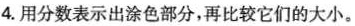
4.用分数表示出涂色部分，再比较它们的大小。